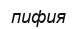
пифия